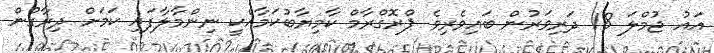
އައު ޖުމްލަ 18 ދަރިވަރުން ބައިވެރިވެ ޕްރޮގްރާމް ކާމިޔާބުކަމާއެކީ ނިންމާލާފައި ކަމަށް ދިރާގުން